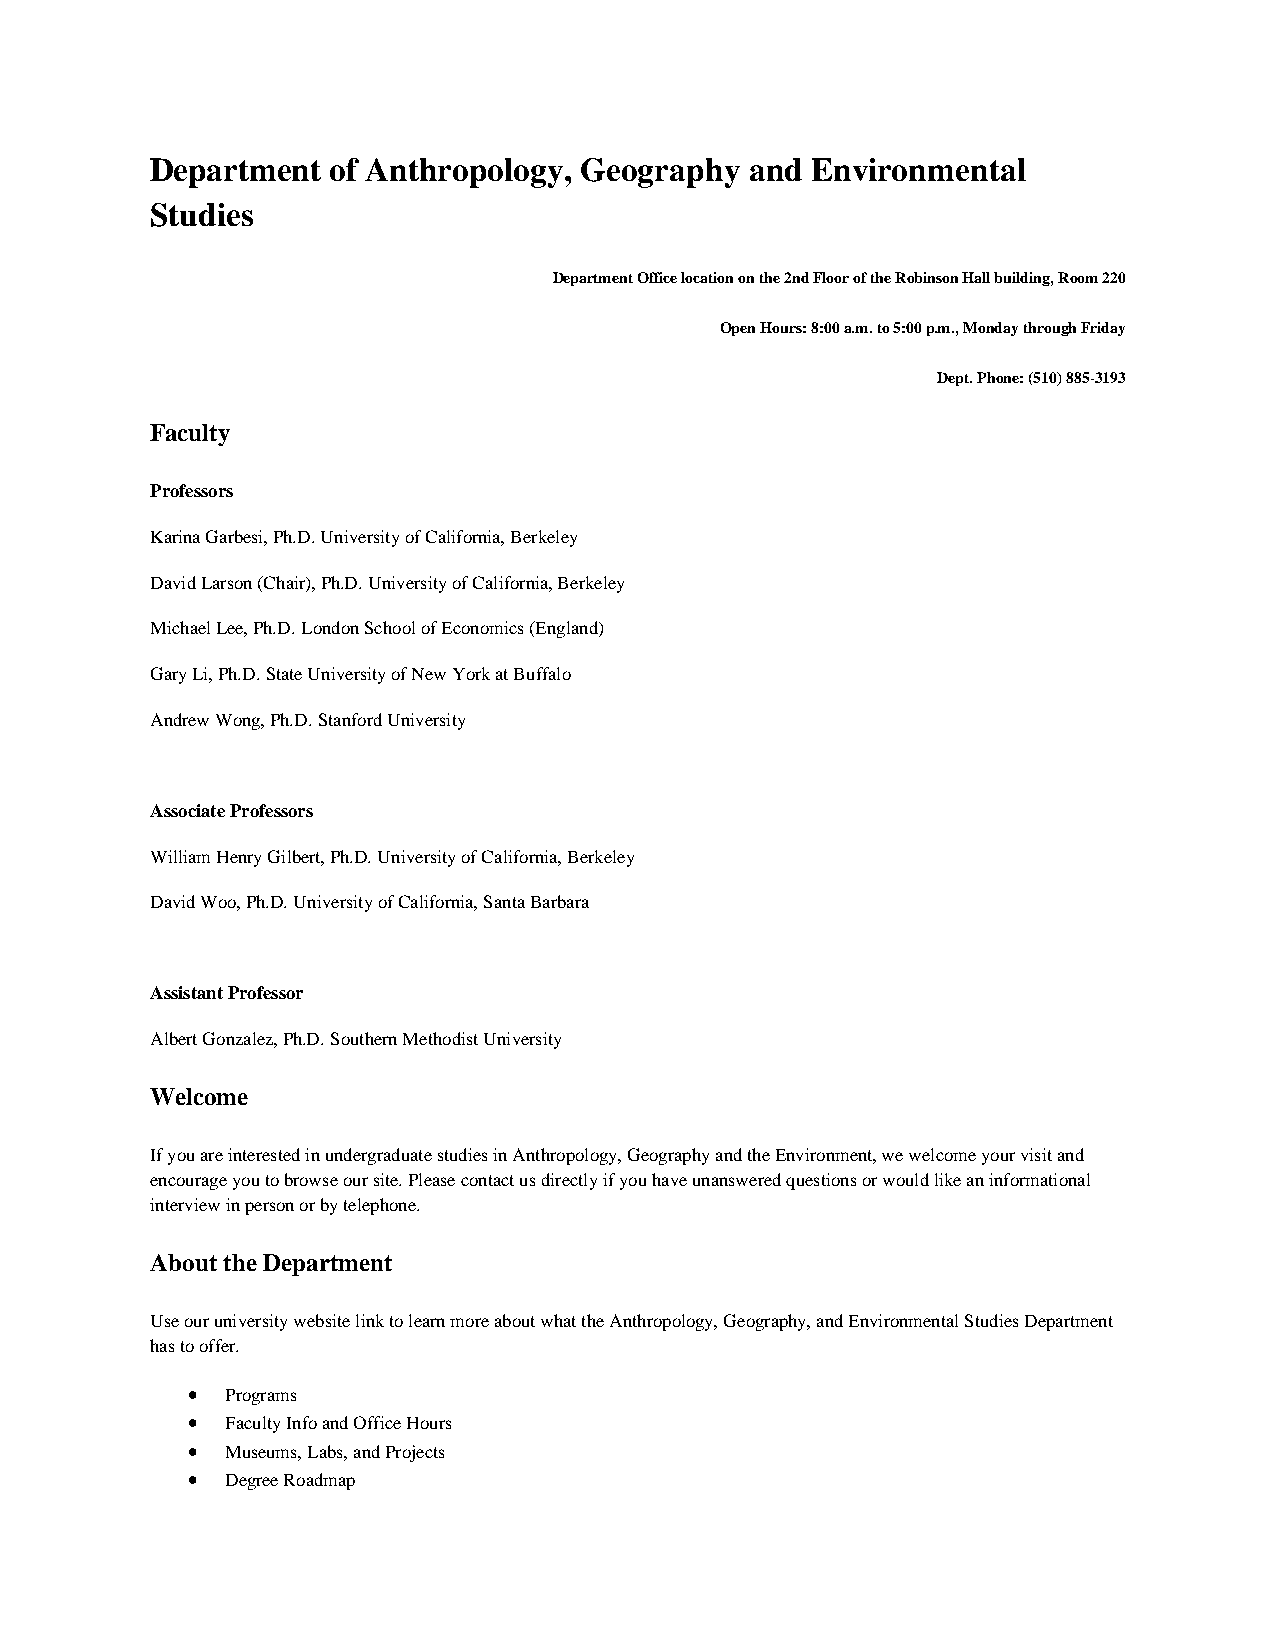
Department  of Anthropology, Geography  and Environmental
 Studies
 Department Office location on the 2nd Floor of the Robinson Hall building, Room 220
 Open Hours: 8:00 a.m. to 5:00 p.m., Monday through Friday
 Dept. Phone: (510) 885-3193
 Faculty
 Professors
 Karina Garbesi, Ph.D. University of California, Berkeley
 David Larson (Chair), Ph.D. University of California, Berkeley
 Michael Lee, Ph.D. London School of Economics (England)
 Gary Li, Ph.D. State University of New York at Buffalo
 Andrew Wong, Ph.D. Stanford University
 Associate Professors
 William Henry Gilbert, Ph.D. University of California, Berkeley
 David Woo, Ph.D. University of California, Santa Barbara
 Assistant Professor
 Albert Gonzalez, Ph.D. Southern Methodist University
 Welcome
 If you are interested in undergraduate studies in Anthropology, Geography and the Environment, we welcome your visit and
 encourage you to browse our site. Please contact us directly if you have unanswered questions or would like an informational
 interview in person or by telephone.
 About the Department
 Use our university website link to learn more about what the Anthropology, Geography, and Environmental Studies Department
 has to offer.
 •  Programs
 •  Faculty Info and Office Hours
 •  Museums, Labs, and Projects
 •  Degree Roadmap